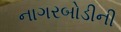
નાગરબોડીની